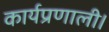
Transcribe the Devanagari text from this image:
कार्यप्रणाली।